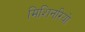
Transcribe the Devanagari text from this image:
मिशिनरियो